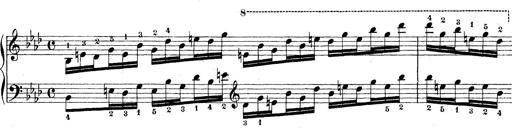
Title: Technische Studien
Composer: Franz Liszt